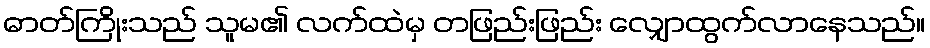
ဓာတ်ကြိုးသည် သူမ၏ လက်ထဲမှ တဖြည်းဖြည်း လျှောထွက်လာနေသည်။